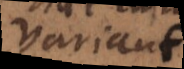
variant